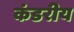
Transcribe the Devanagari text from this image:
कंडरीय